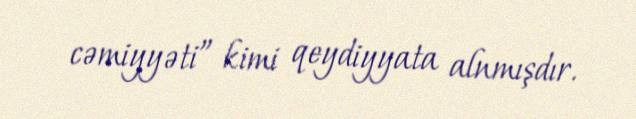
cəmiyyəti” kimi qeydiyyata alnmışdır.